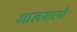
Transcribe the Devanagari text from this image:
आलमारयों